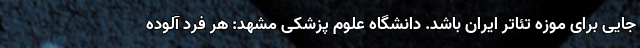
جایی برای موزه تئاتر ایران باشد. دانشگاه علوم پزشکی مشهد: هر فرد آلوده